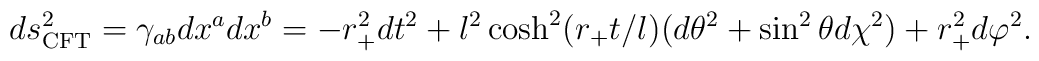
ds^2_{\rm CFT}=\gamma_{ab}dx^adx^b=   -r_+^2 dt^2 +l^2\cosh^2(r_+t/l)(d\theta^2  +\sin^2\theta d\chi^2) +r_+^2 d\varphi^2.